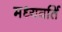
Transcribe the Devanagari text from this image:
मध्यवर्ति